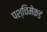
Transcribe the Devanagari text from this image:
पश्‍चिमेकडं